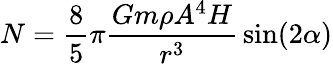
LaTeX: N={\frac{8}{5}}\pi{\frac{Gm\rho A^{4}H}{r^{3}}}\sin(2\alpha)